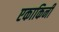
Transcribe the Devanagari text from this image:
एकाकिनी